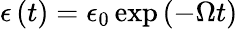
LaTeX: \epsilon\left(t\right)=\epsilon_{0}\exp\left(-\Omega t\right)